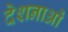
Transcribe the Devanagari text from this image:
देशनाओं